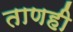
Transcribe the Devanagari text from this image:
ताणही